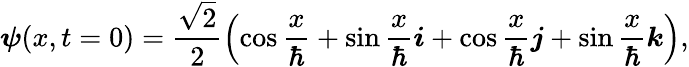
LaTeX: \boldsymbol{\psi}(x,t=0)=\frac{\sqrt{2}}{2}\left(\cos\frac{x}{\hbar}+\sin\frac{x}{\hbar}\boldsymbol{i}+\cos\frac{x}{\hbar}\boldsymbol{j}+\sin\frac{x}{\hbar}\boldsymbol{k}\right),